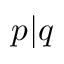
p | q